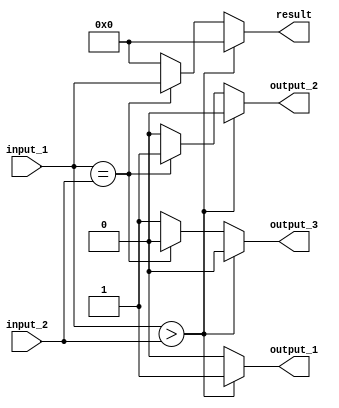
`timescale 1ns / 1ps

module Comparator
(
    input  [7:0] input_1,
    input  [7:0] input_2,
    output reg [7:0] result,
    output reg output_1,
    output reg output_2,
    output reg output_3
);

	always@(*) begin
	
		if(input_1 > input_2) begin
		
			result   = 0;
			output_1 = 1;
			output_2 = 0;
			output_3 = 0;
			
		end
		
		else if (input_1 == input_2) begin
			
			result   = input_1;
			output_1 = 0;
			output_2 = 1;
			output_3 = 0;
			
		end
		
		else begin
		
			result = 0;
			output_1 = 0;
			output_2 = 0;
			output_3 = 1;
			
		end
			
	end

endmodule